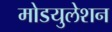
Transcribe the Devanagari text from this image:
मोडयुलेशन